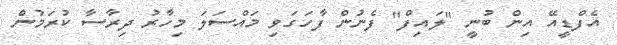
އެފްޑީއޭ އިން ބުނީ "ލައިފް" ފެނުން ފާހަގަވި މައްސަލަ މިހާރު ދިރާސާ ކުރަމުން